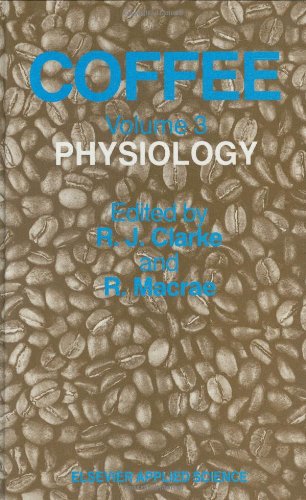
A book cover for Coffee: Physiology (Institution of Chemical Engineers); Science & Math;